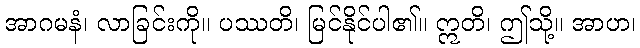
အာဂမနံ၊ လာခြင်းကို။ ပဿတိ၊ မြင်နိုင်ပါ၏။ ဣတိ၊ ဤသို့။ အာဟ၊